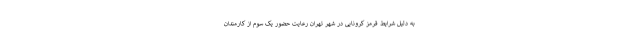
به دلیل شرایط قرمز کرونایی در شهر تهران رعایت حضور یک سوم از کارمندان